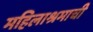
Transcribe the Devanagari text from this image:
महिलाश्रमाची